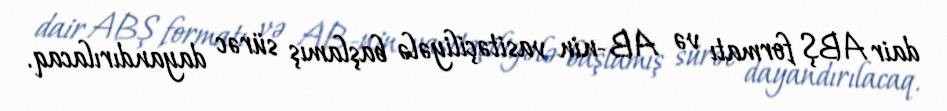
dair ABŞ formatı və AB-nin vasitəçiliyələ başlamış sürəc dayandırılacaq.